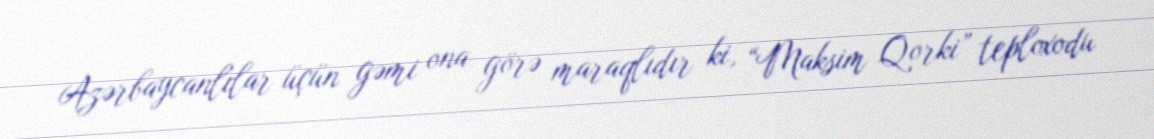
Azərbaycanlılar üçün gəmi ona görə maraqlıdır ki, “Maksim Qorki” teploxodu